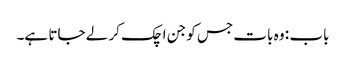
باب : وہ بات جس کو جن اچک کر لے جاتا ہے۔